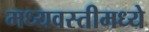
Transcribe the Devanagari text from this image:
मध्यवस्तीमध्ये